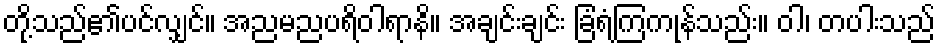
တို့သည်၏ပင်လျှင်။ အညမညပရိဝါရာနိ။ အချင်းချင်း ခြံရံကြကုန်သည်း။ ဝါ၊ တပါးသည်